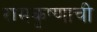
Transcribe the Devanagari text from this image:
रामकृष्णाची